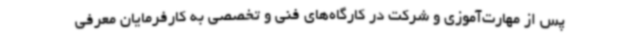
پس از مهارت‌آموزی و شرکت در کارگاه‌های فنی و تخصصی به کارفرمایان معرفی